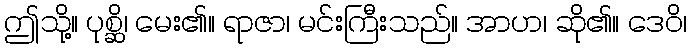
ဤသို့။ ပုစ္ဆိ၊ မေး၏။ ရာဇာ၊ မင်းကြီးသည်။ အာဟ၊ ဆို၏။ ဒေဝိ၊